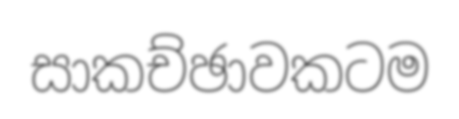
සාකච්ඡාවකටම